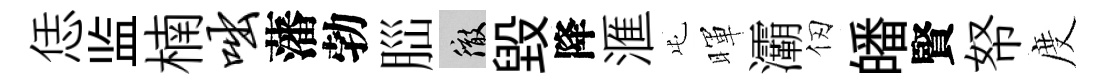
恁监楠咄藩勃𦛁徹毀降滙屯暉灞仞皤賢帑度